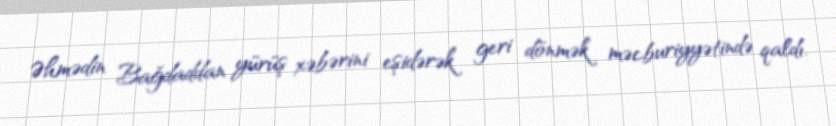
Əhmədin Bağdaddan yürüş xəbərini eşidərək geri dönmək məcburiyyətində qaldı.